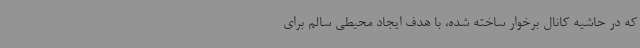
که در حاشیه کانال برخوار ساخته شده، با هدف ایجاد محیطی سالم برای